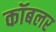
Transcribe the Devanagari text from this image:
कॉबलर